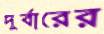
দুর্বারের